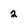
Character: 2